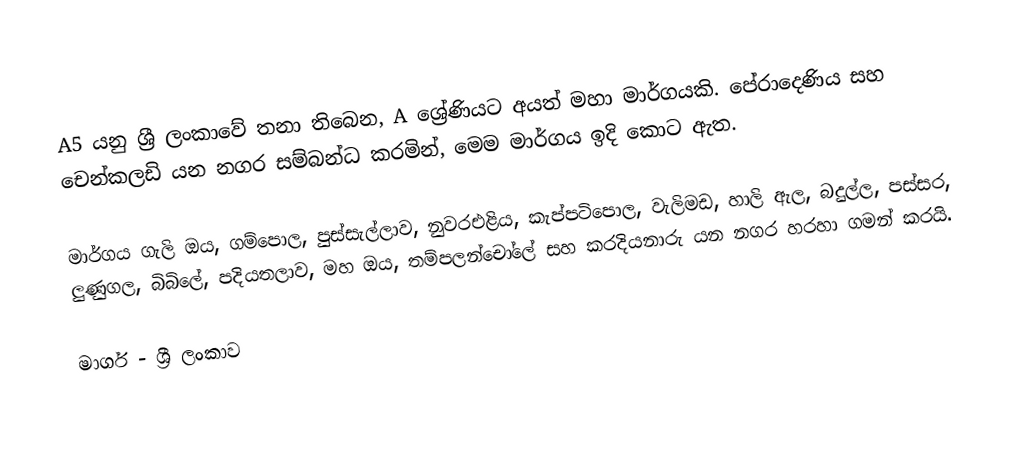
A5 යනු ශ්‍රී ලංකාවේ තනා තිබෙන, A ශ්‍රේණියට අයත් මහා මාර්ගයකි. පේරාදෙණිය සහ චෙන්කලඩි යන නගර සම්බන්ධ කරමින්, මෙම මාර්ගය ඉදි කොට ඇත.

මාර්ගය ගැලි ඔය, ගම්පොල, පුස්සැල්ලාව, නුවරඑළිය, කැප්පටිපොල, වැලිමඩ, හාලි ඇල, බදුල්ල, පස්සර, ලුණුගල, බිබිලේ, පදියතලාව, මහ ඔය, තම්පලන්චෝලේ සහ කරදියනාරු යන නගර හරහා ගමන් කරයි.

මාර්ග - ශ්‍රී ලංකාව